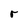
Character: r